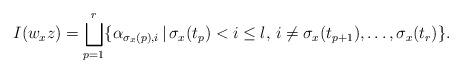
LaTeX: \begin{align*}I(w_{x}z)=\bigsqcup_{p=1}^{r}\{ \alpha_{\sigma_{x}(p), i} \, | \, \sigma_{x}(t_{p})<i\le l, \, i\not=\sigma_{x}(t_{p+1}), \ldots , \sigma_{x}(t_{r})\}. \end{align*}